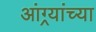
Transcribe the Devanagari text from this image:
आंग्र्यांच्या